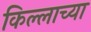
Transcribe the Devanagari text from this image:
किल्लाच्या